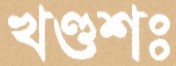
খণ্ডশঃ